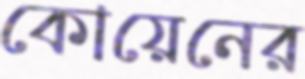
কোয়েনের